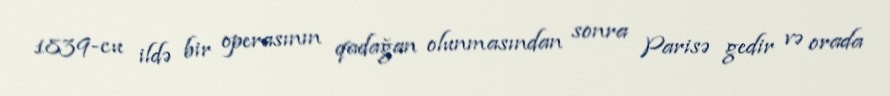
1839-cu ildə bir operasının qadağan olunmasından sonra Parisə gedir və orada